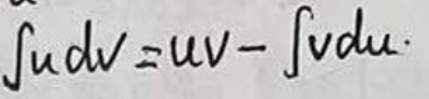
\(\int u d v = u v - \int v d u\)